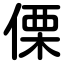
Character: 傈